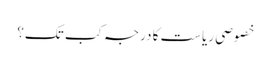
خصوصی ریاست کا درجہ کب تک؟